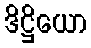
ဒိဋ္ဌိယော